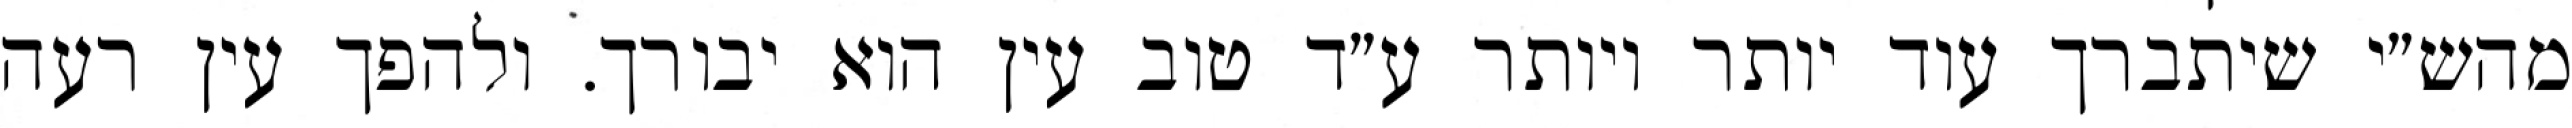
מהש״י שיתברך עוד יותר ויותר ע״ד טוב עין הוא יבורך. ולהפך עין רעה